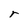
Character: r